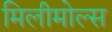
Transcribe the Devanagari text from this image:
मिलीमोल्स